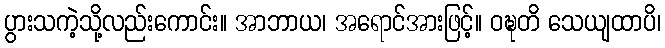
ပွားသကဲ့သို့လည်းကောင်း။ အာဘာယ၊ အရောင်အားဖြင့်။ ဝဍ္ဎတိ သေယျထာပိ၊